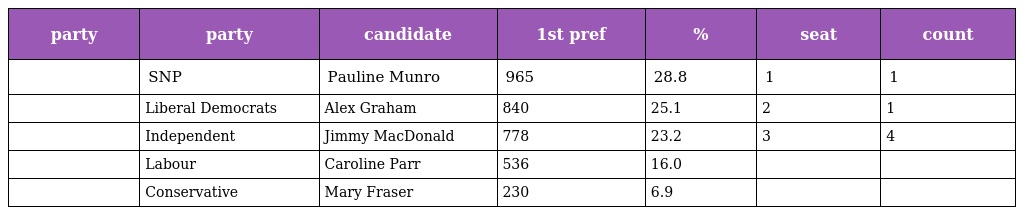
| party | party | candidate | 1st pref | % | seat | count |
 | --- | --- | --- | --- | --- | --- | --- |
 |  | SNP | Pauline Munro | 965 | 28.8 | 1 | 1 |
 |  | Liberal Democrats | Alex Graham | 840 | 25.1 | 2 | 1 |
 |  | Independent | Jimmy MacDonald | 778 | 23.2 | 3 | 4 |
 |  | Labour | Caroline Parr | 536 | 16.0 |  |  |
 |  | Conservative | Mary Fraser | 230 | 6.9 |  |  |